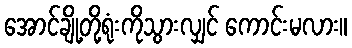
အောင်ချို့တို့ရုံးကိုသွားလျှင် ကောင်းမလား။